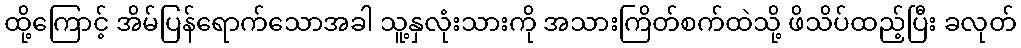
ထို့ကြောင့် အိမ်ပြန်ရောက်သောအခါ သူ့နှလုံးသားကို အသားကြိတ်စက်ထဲသို့ ဖိသိပ်ထည့်ပြီး ခလုတ်